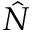
\hat { N }